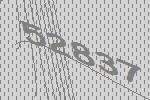
52837